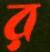
র